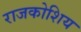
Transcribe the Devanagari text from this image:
राजकोशिय